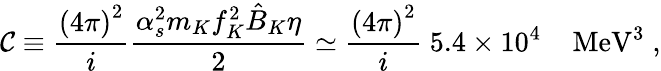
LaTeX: \mathcal{C}\equiv\frac{{{\left(4\pi\right)}^{2}}}{{i}}\frac{{\alpha_{s}^{2}m_{K}f_{K}^{2}\hat{{B}}_{K}\eta}}{{2}}\simeq\frac{{{\left(4\pi\right)}^{2}}}{{i}}\; 5.4\times10^{4}\; \; \; \; \mathrm{{MeV}}^{3}\; ,